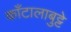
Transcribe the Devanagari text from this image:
काँटालाबुट्टे